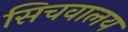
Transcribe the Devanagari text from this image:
सिचवालय